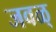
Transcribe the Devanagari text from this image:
जवळ्